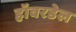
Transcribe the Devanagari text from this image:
हॉवरडेल